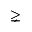
\gneq